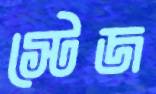
স্টেজ